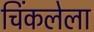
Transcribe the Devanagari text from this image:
चिंकलेला